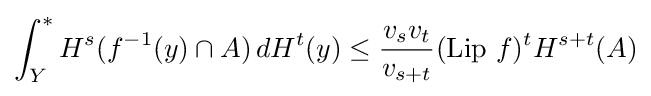
\int _{Y}^{*}H^{s}(f^{-1}(y)\cap A)\,dH^{t}(y)\leq {\frac {v_{s}v_{t}}{v_{s+t}}}({\text{Lip }}f)^{t}H^{s+t}(A)